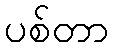
ပစ်တာ